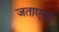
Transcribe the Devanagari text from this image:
जताएगा